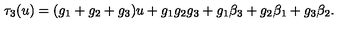
\tau _ { 3 } ( u ) = ( g _ { 1 } + g _ { 2 } + g _ { 3 } ) u + g _ { 1 } g _ { 2 } g _ { 3 } + g _ { 1 } \beta _ { 3 } + g _ { 2 } \beta _ { 1 } + g _ { 3 } \beta _ { 2 } .